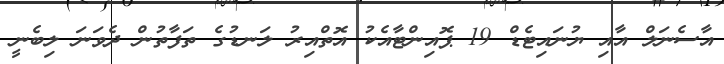
އާސެނަލް އާއި ޔުނައިޓެޑް 19 ޕޮއިންޓާއެކު އޮތްއިރު ލަނޑުގެ ތަފާތުން ދެވަނަ ލިބެނީ